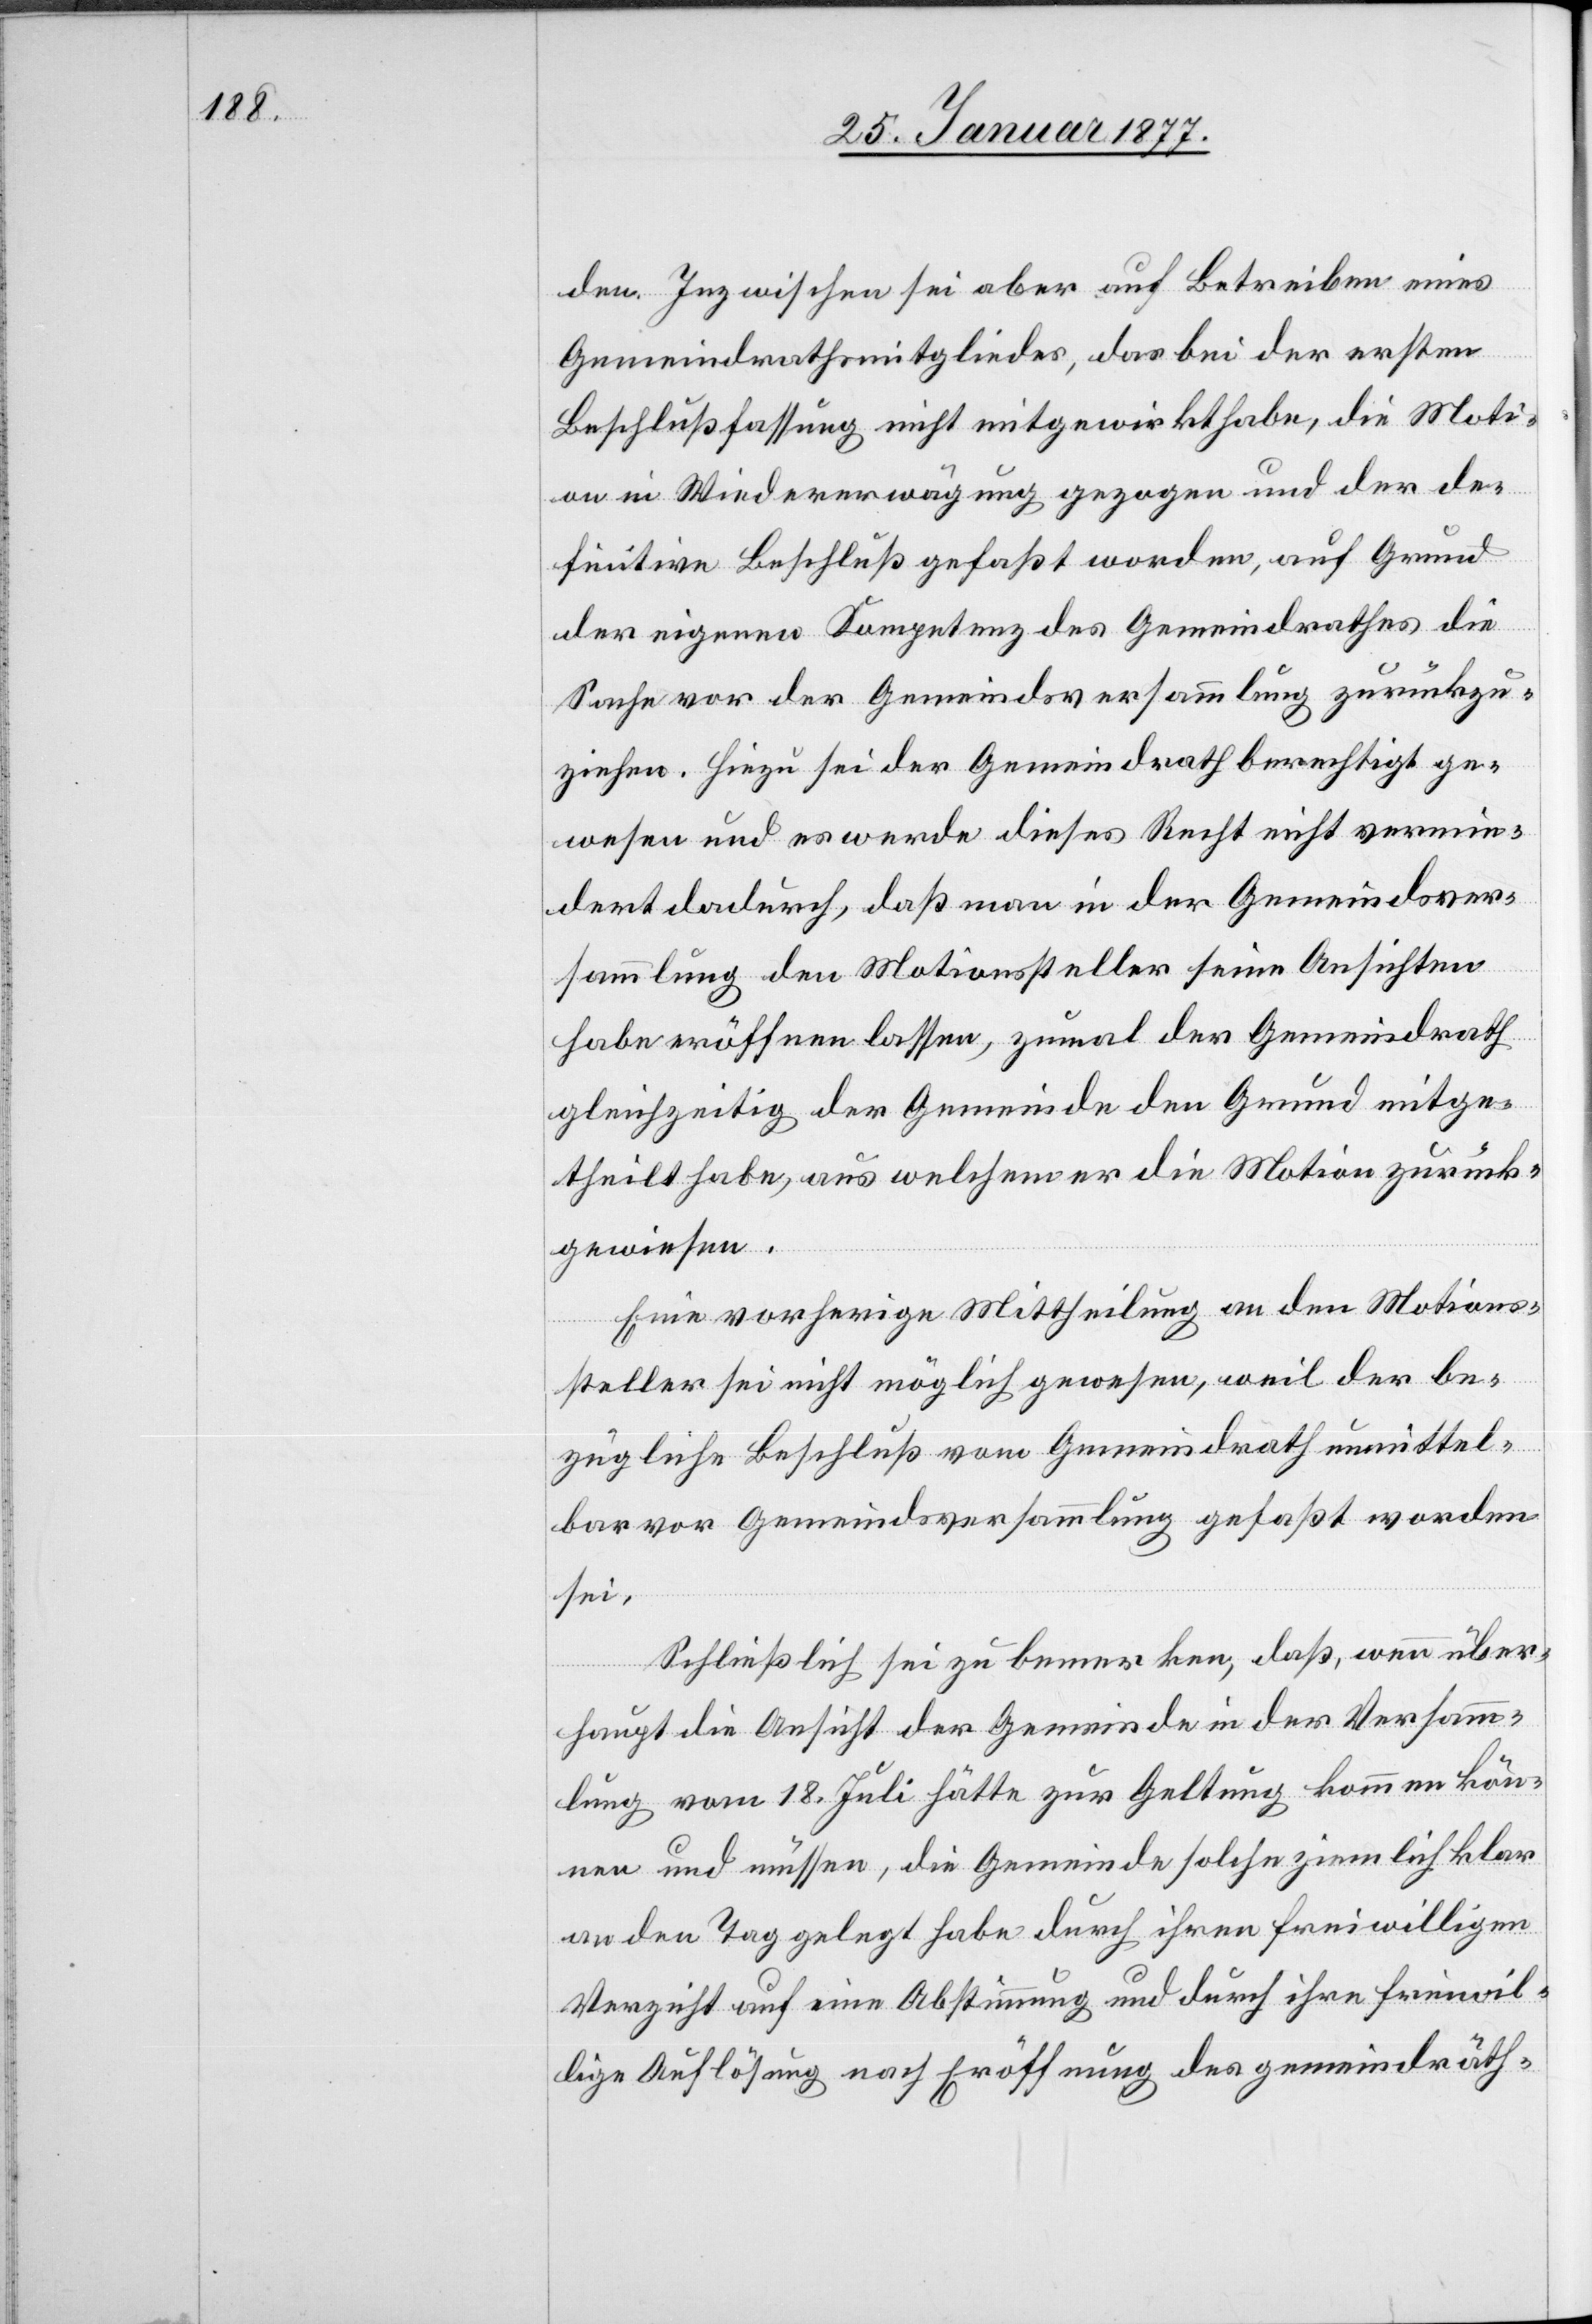
den. Inzwischen sei aber auf Betreiben eines
Gemeindrathsmitgliedes, das bei der ersten
Beschlußfassung nicht mitgewirkt habe, die Moti¬
on in Wiedererwägung gezogen und der de¬
finitive Beschluß gefaßt worden, auf Grund
der eigenen Kompetenz des Gemeindrathes die
Sache vor der Gemeindsversammlung zurückzu¬
ziehen. Hiezu sei der Gemeindrath berechtigt ge¬
wesen und es werde dieses Recht nicht vermin¬
dert dadurch, daß man in der Gemeindsver¬
sammlung den Motionssteller seine Ansichten
habe eröffnen lassen, zumal der Gemeindrath
gleichzeitig der Gemeinde den Grund mitge¬
theilt habe, aus welchem er die Motion zurück¬
gewiesen.
Eine vorherige Mittheilung an den Motions¬
steller sei nicht möglich gewesen, weil der be¬
zügliche Beschluß vom Gemeindrath unmittel¬
bar vor Gemeindsversammlung gefaßt worden
sei.
Schließlich sei zu bemerken, daß, wenn über¬
haupt die Ansicht der Gemeinde in der Versamm¬
lung vom 18. Juli hätte zur Geltung kommen kön¬
nen und müssen, die Gemeinde solche ziemlich klar
an den Tag gelegt habe durch ihren freiwilligen
Verzicht auf eine Abstimmung und durch ihre freiwil¬
lige Auflösung nach Eröffnung des gemeindräth-